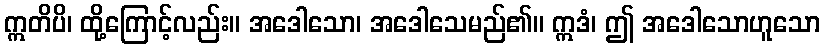
ဣတိပိ၊ ထို့ကြောင့်လည်း။ အဒေါသော၊ အဒေါသေမည်၏။ ဣဒံ၊ ဤ အဒေါသောဟူသော